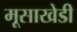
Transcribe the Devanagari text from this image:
मूसाखेडी